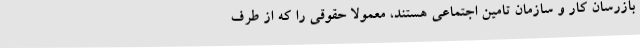
بازرسان کار و سازمان تامین اجتماعی هستند، معمولا حقوقی را که از طرف